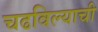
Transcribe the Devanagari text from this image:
चढविल्याची